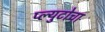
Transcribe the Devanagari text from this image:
प्ल्युटोचा